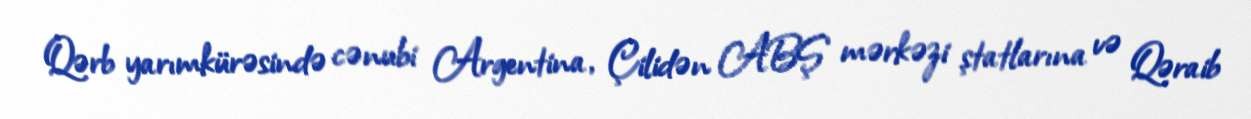
Qərb yarımkürəsində cənubi Argentina, Çilidən ABŞ mərkəzi ştatlarına və Qəraib